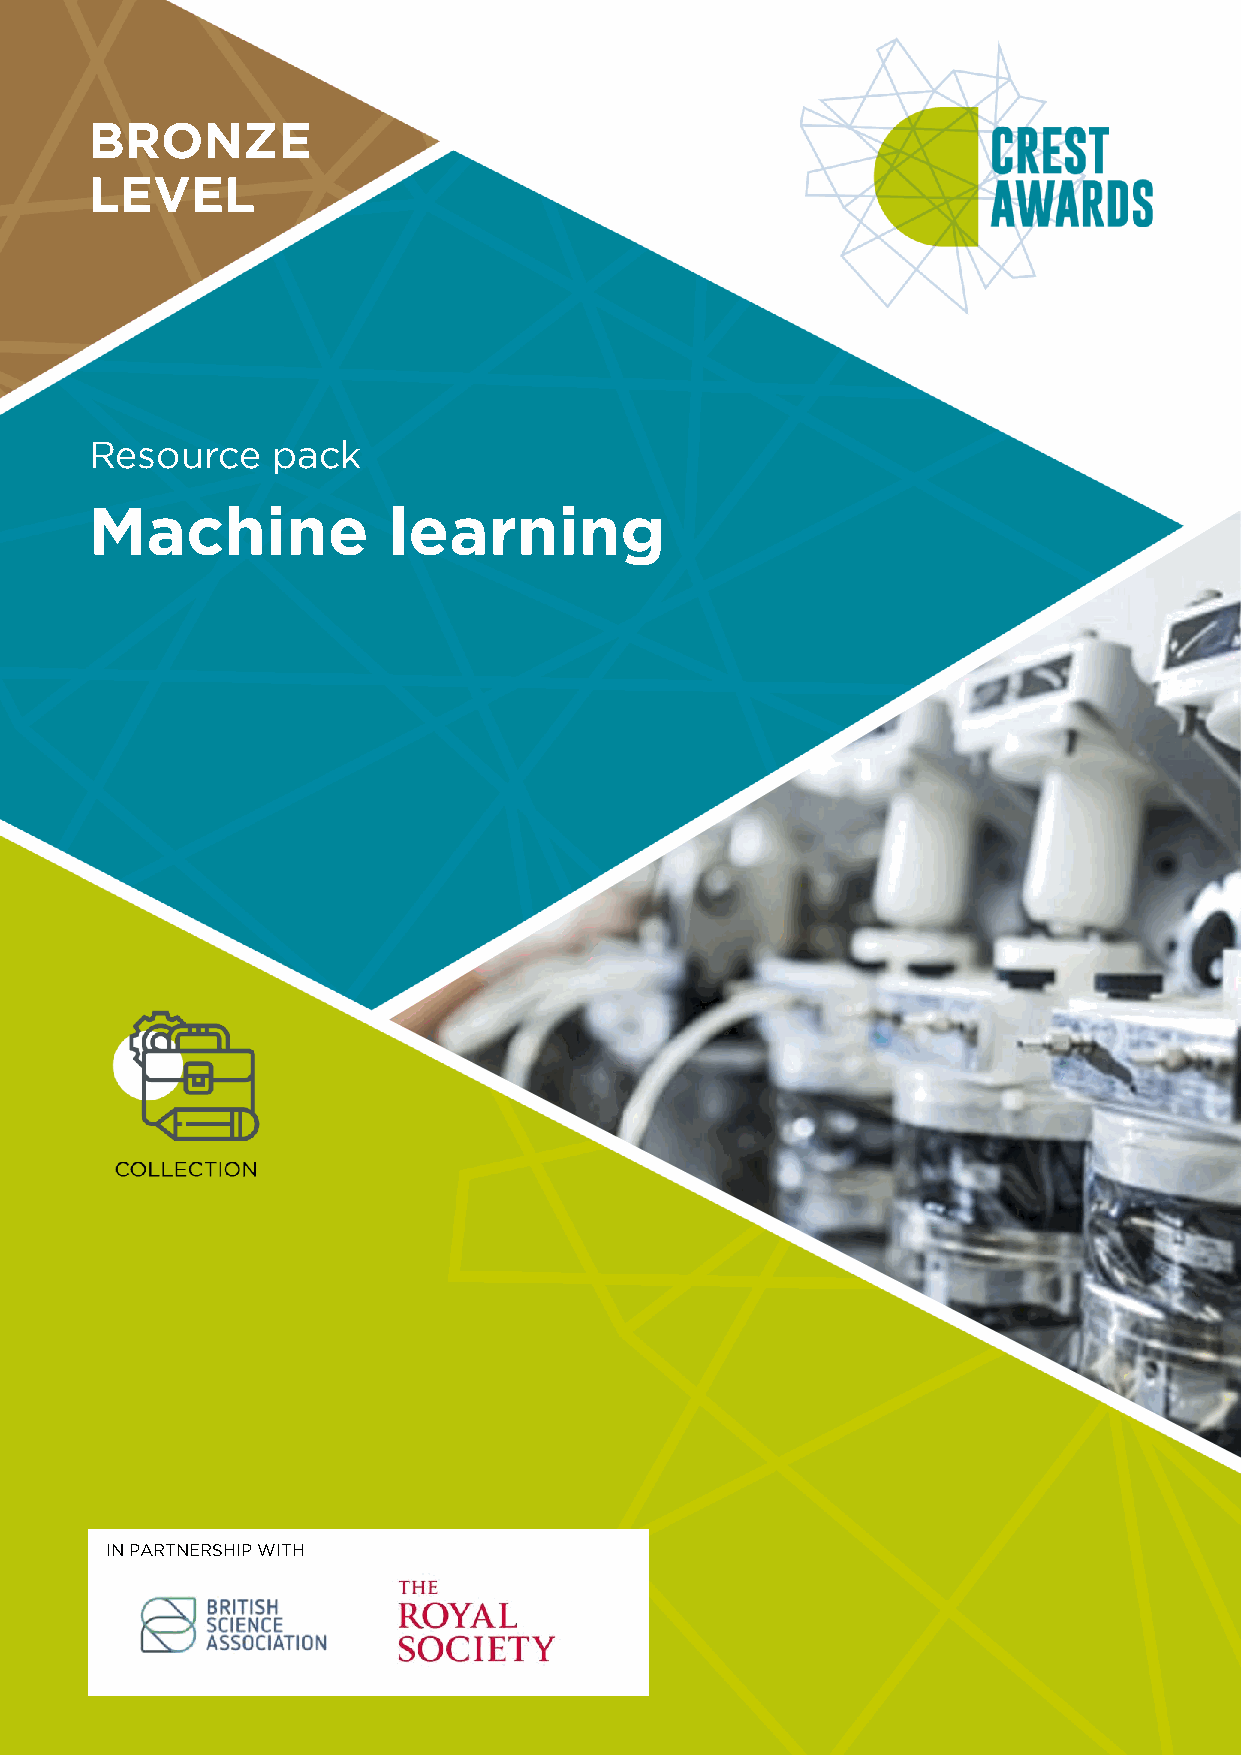
BRONZE
 LEVEL
 Resource    pack
 Machine             learning
 IN PARTNERSHIP WITH